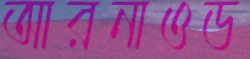
আরনাওড